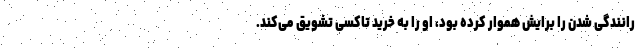
رانندگی شدن را برایش هموار کرده بود، او را به خرید تاکسی تشویق می‌کند.